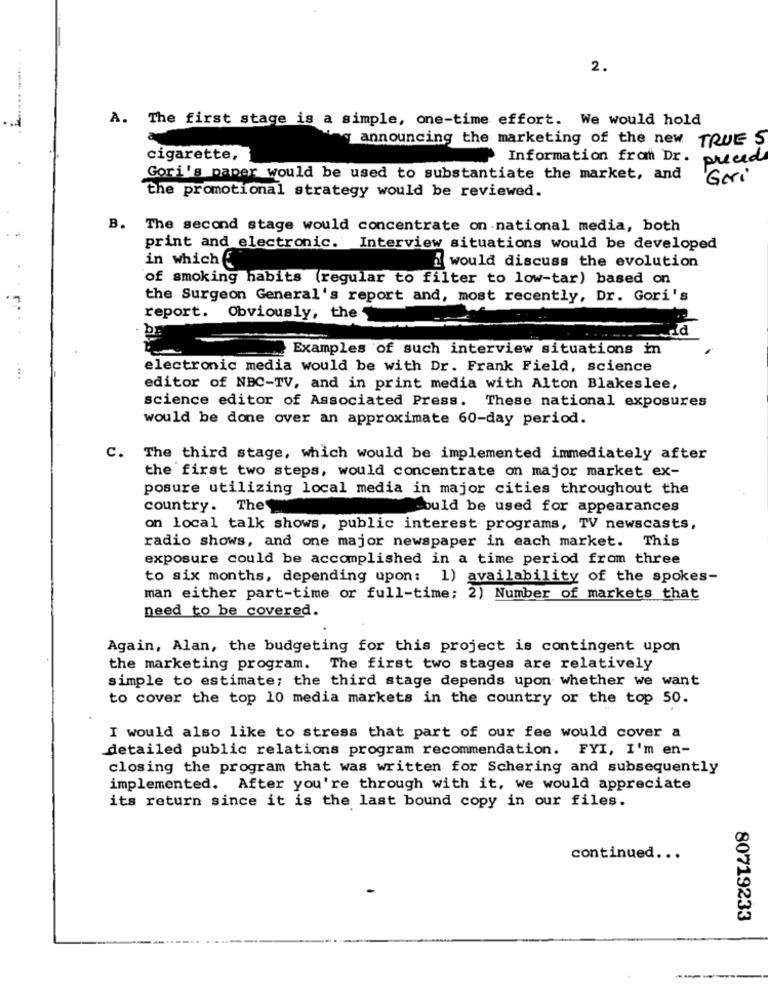
2.
A. The first stage is a simple, one-time effort. We would hold
announcing the marketing of the new TRUE S
cigarette,
Information from Dr. preced
Gori's paper would be used to substantiate the market, and
Geri
the promotional strategy would be reviewed.
B. The second stage would concentrate on national media, both
print and electronic. Interview situations would be developed
in which
i would discuss the evolution
of smoking habits (regular to filter to low-tar) based on
the Surgeon General's report and, most recently, Dr. Gori's
report. Obviously, the
Examples of such interview situations in
electronic media would be with Dr. Frank Field, science
... .
editor of NBC-TV, and in print media with Alton Blakeslee,
science editor of Associated Press. These national exposures
would be done over an approximate 60-day period.
C. The third stage, which would be implemented immediately after
the first two steps, would concentrate on major market ex-
posure utilizing local media in major cities throughout the
country. The
could be used for appearances
on local talk shows, public interest programs, TV newscasts,
radio shows, and one major newspaper in each market. This
exposure could be accomplished in a time period from three
to six months, depending upon: 1) availability of the spokes-
man either part-time or full-time; 2) Number of markets that
need to be covered.
Again, Alan, the budgeting for this project is contingent upon
the marketing program. The first two stages are relatively
simple to estimate; the third stage depends upon whether we want
to cover the top 10 media markets in the country or the top 50.
I would also like to stress that part of our fee would cover a
detailed public relations program recommendation. FYI, I'm en-
closing the program that was written for Schering and subsequently
implemented. After you're through with it, we would appreciate
its return since it is the last bound copy in our files.
continued ...
80719233